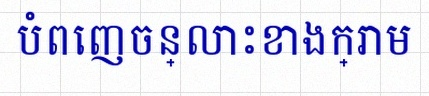
បំពេញចន្លោះខាងក្រោម